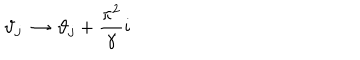
\vartheta _ { j } \, \rightarrow \, \vartheta _ { j } + \displaystyle \frac { \pi ^ { 2 } } { \gamma } i